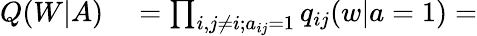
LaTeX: \begin{array}{rl}{Q(W|A)}&{{}=\prod_{i,j\neq i;a_{ij}=1}q_{ij}(w|a=1)=}\end{array}